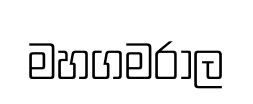
මහගමරාල